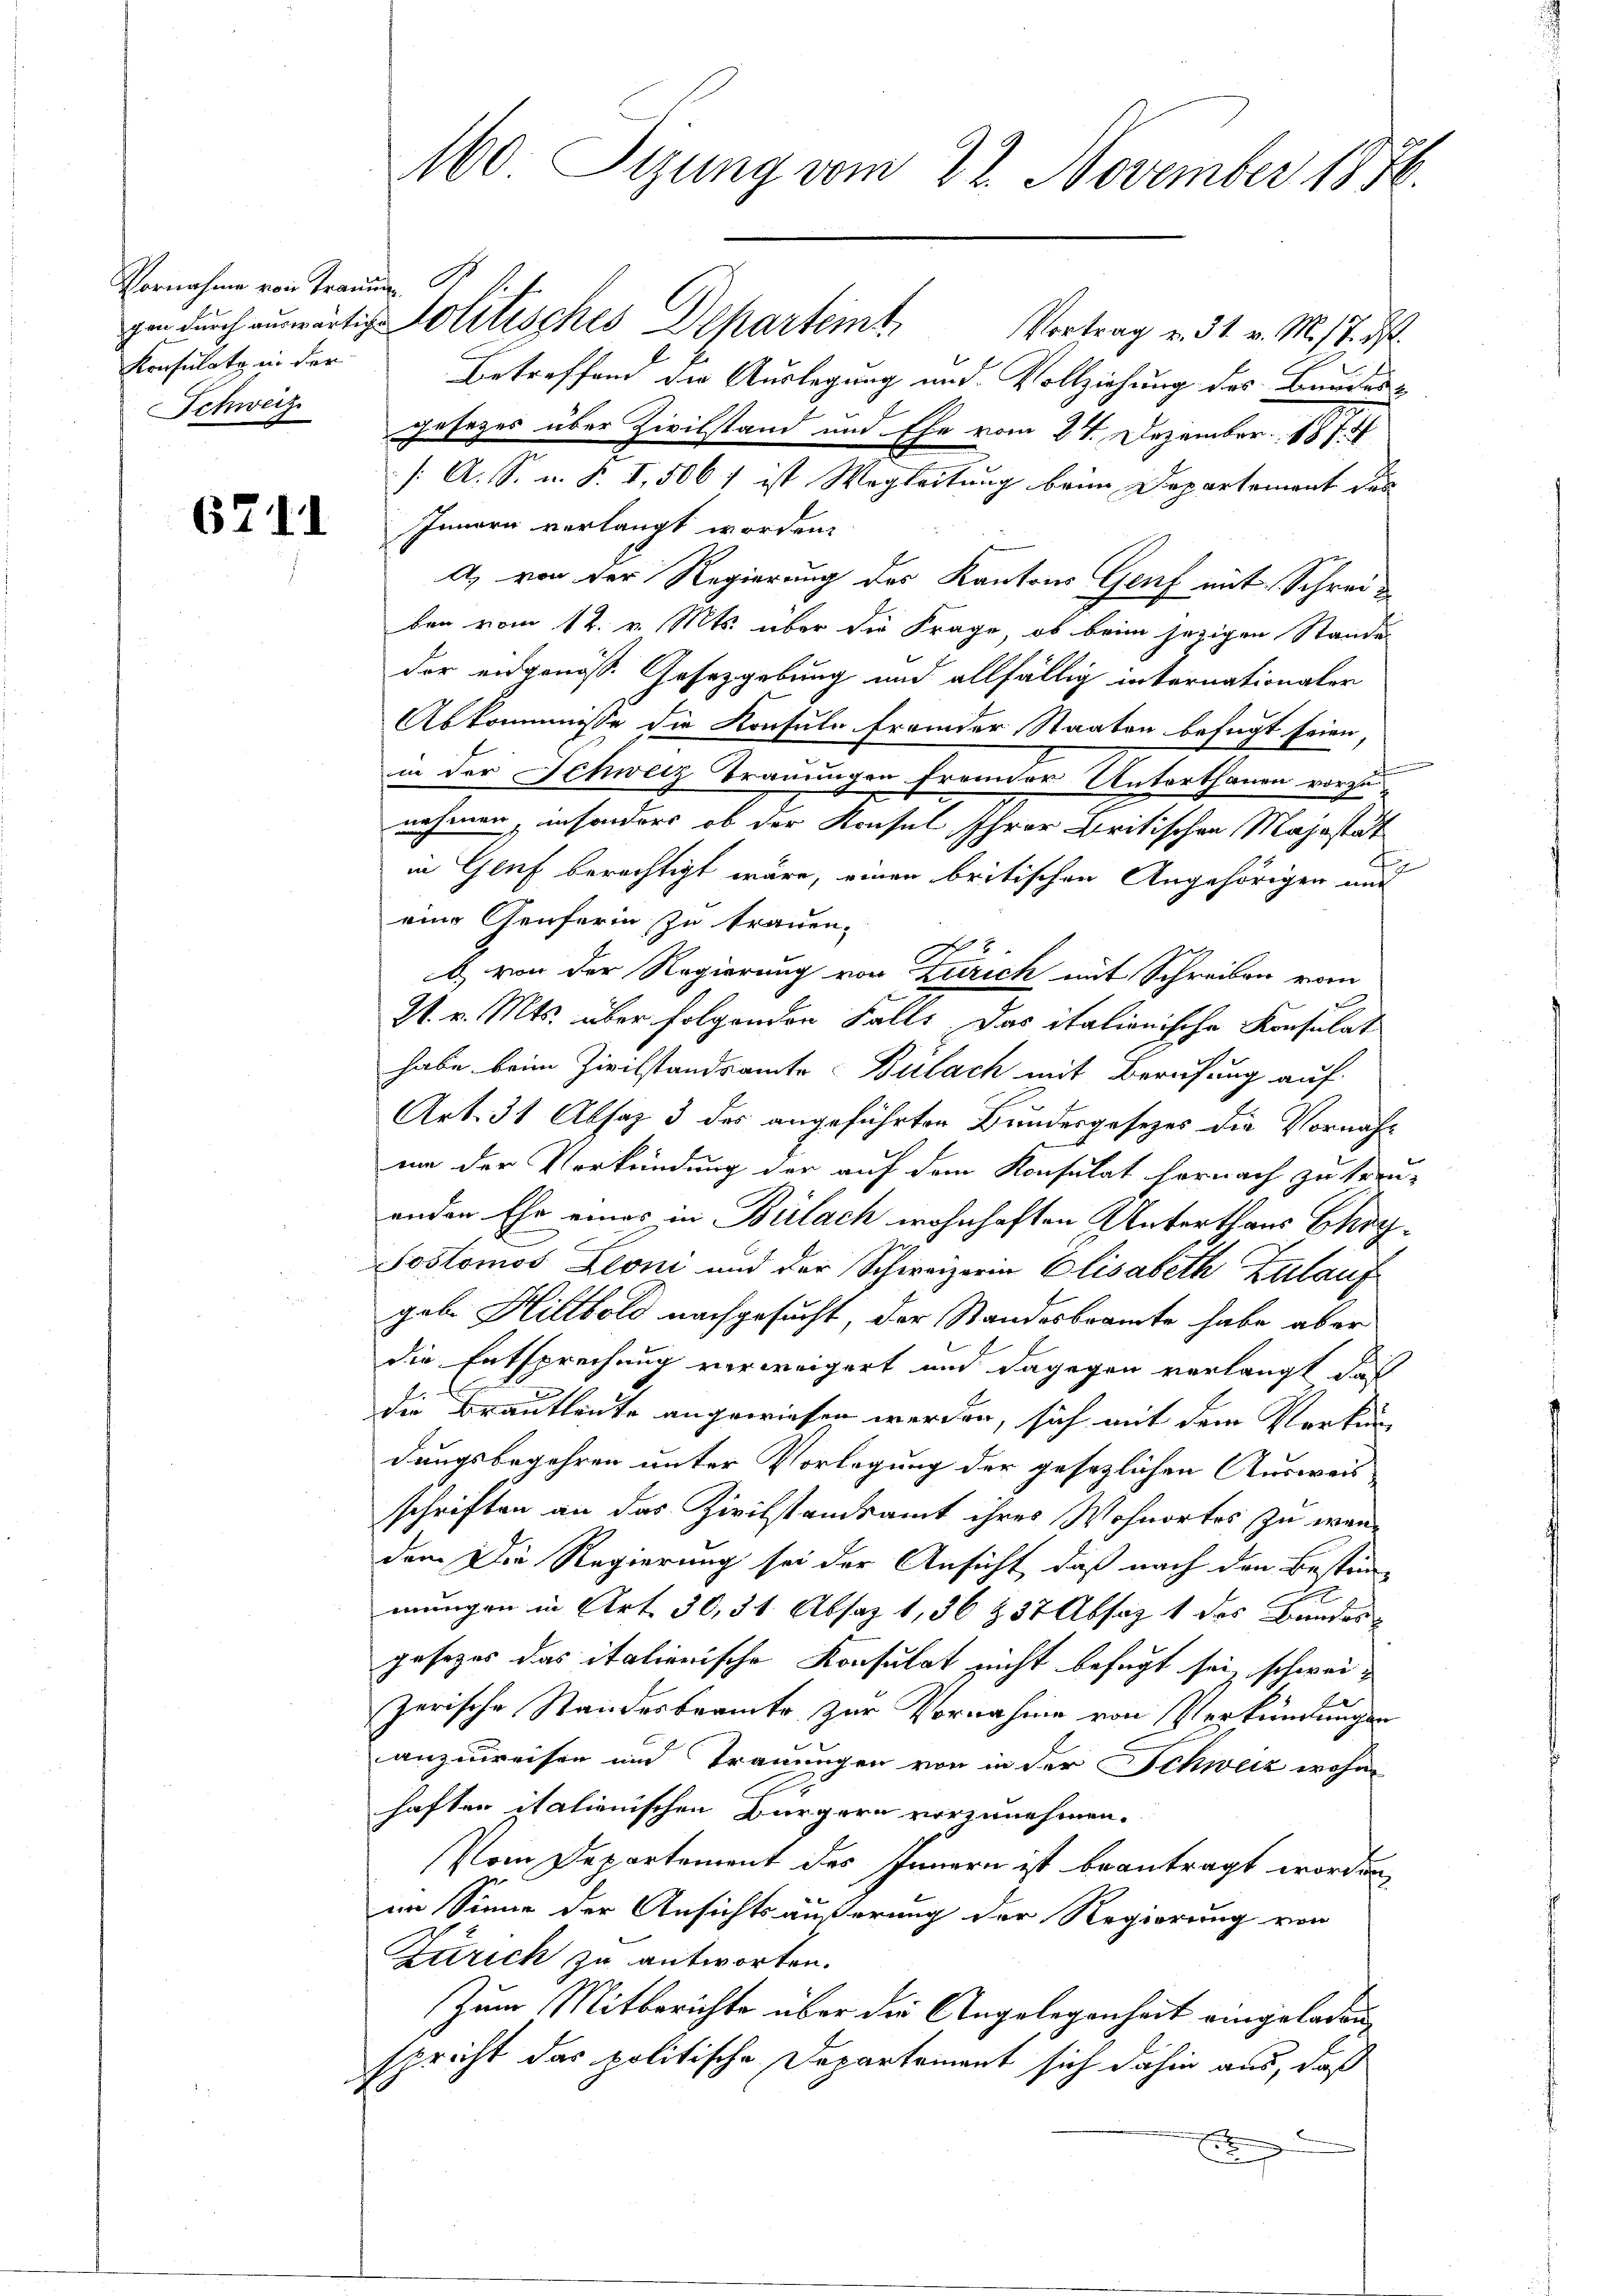
Gemachen ein Kreise
Konsulato in der
Schweiz.

6711

0. Sizung vom 22. November 1846.

gen durch auswärtige Politisches Departemt. Vortrag v. 31. v. M.st. I.
Betreffend die Auslegung und Vollziehung des Bundes¬
Gesages über Zivilstand und Ehe vom 24. Dezember 187
/. A. S. n. F. I, 506 1 ist Wegleitung beim Departement des
Innern verlangt worden.
a) von der Regierung des Kantons Genf mit Schreiben vom 12. v. Mts. über die Frage, ob beim jezigen Stande
der eidgenöss. Gesetzgebung und allfällig internationaler
Abkommisse die Konsule fremder Staaten befugt seien,
in der Schweiz Trauungen fremder Unterthanen vorzunehmen, insonders ob der Konsul Ihrer Britischen Majestät
in Genf berechtigt wäre, einen britischen Angehörigen auf
eine Genferin zu trauen.
b) von der Regierung von Zürich mit Schreiben vom
21. v. Mts. über folgenden Falls. Das italienische Konsulat
habe beim Zivilstandsamte Bülach mit Berufung auf
Art. 31 Absaz 3 des angeführten Bundesgesetzes die Vornahum der Verkündung der auf dem Konsulat hornach zu treu-
enden Ehe eines in Bülach wohnhaften Unterthans Chry¬
Sostomos Leoni und der Schweizerin Elisabeth Zulauf
gabe Hiltbold nachgesucht, der Standesbeamte habe aber
die Entsprechung verweigert und dagegen verlangt das
die Brautleute angewiesen werden, sich mit dem Verkundungsbegehren unter Vorlegung der gesezlichen Ausweis
schriften an das Zivilstandsamt ihres Wohnortes zu wendem Die Regierung sei der Ansicht, daß nach den Bestim-
mungen in Art. 30, 31 Absaz 1,36 & 37 Absatz 1 des Bundesgesezes das italienische Konsulat nicht befugt sei, schweizerische Standesbeamte zur Vornahme von Verkündungen
anzuweisen und Trauungen von in der Schweiz wohn
haften italienischen Bürgern vorzunehmen.
Vom Departement des Innern ist beantragt worden,
im Sinne der Ansichtsäußerung der Regierung von
Zürich zu antworten.
Zum Mitberichte über die Angelegenheit eingeladen
spricht das politische Departement sich dahin aus, daß